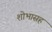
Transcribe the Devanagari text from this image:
शोभासह